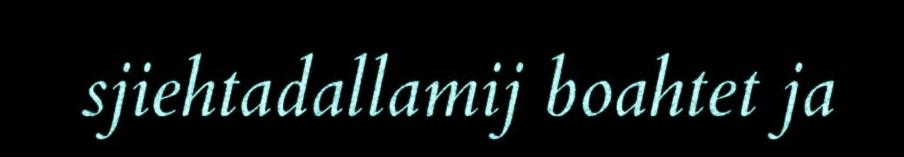
sjiehtadallamij boahtet ja